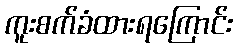
ကူးစက်ခံထားရကြောင်း